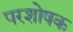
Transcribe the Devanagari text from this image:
परशोषक